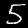
Label: 5